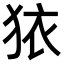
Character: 𭸈